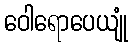
ဝေါရောပေယျုံ